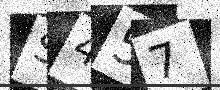
Text: S457